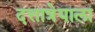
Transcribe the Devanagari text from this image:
दत्तात्रेयाला